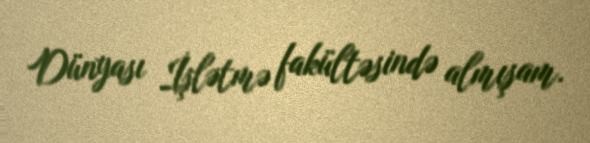
Dünyası İşlətmə fakültəsində almışam.